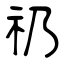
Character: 礽